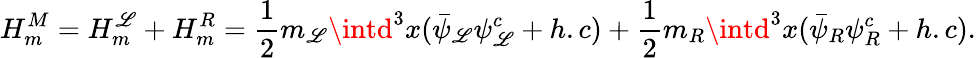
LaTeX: H_{m}^{M}=H_{m}^{\mathscr{L}}+H_{m}^{R}=\frac{{1}}{{2}}m_{\mathscr{L}}\intd^{3}{x}(\bar{{\psi}}_{\mathscr{L}}\psi_{\mathscr{L}}^{c}+h.c)+\frac{{1}}{{2}}m_{R}\intd^{3}{x}(\bar{{\psi}}_{R}\psi_{R}^{c}+h.c).